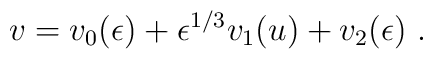
v=v_0(\epsilon)+ \epsilon^{1/3} v_1(u) + v_2(\epsilon)\ .